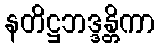
နတိဋ္ဌဘဒ္ဒန္တိကာ